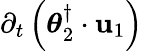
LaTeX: \partial_{t}\left(\boldsymbol{\theta}_{2}^{\dagger}\cdot\mathbf{u}_{1}\right)